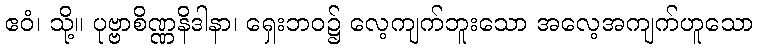
ဧဝံ၊ သို့။ ပုဗ္ဗာစိဏ္ဏနိဒါနာ၊ ရှေးဘဝ၌ လေ့ကျက်ဘူးသော အလေ့အကျက်ဟူသော